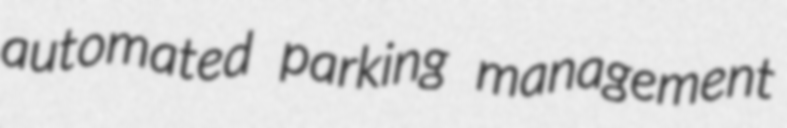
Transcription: automated parking management